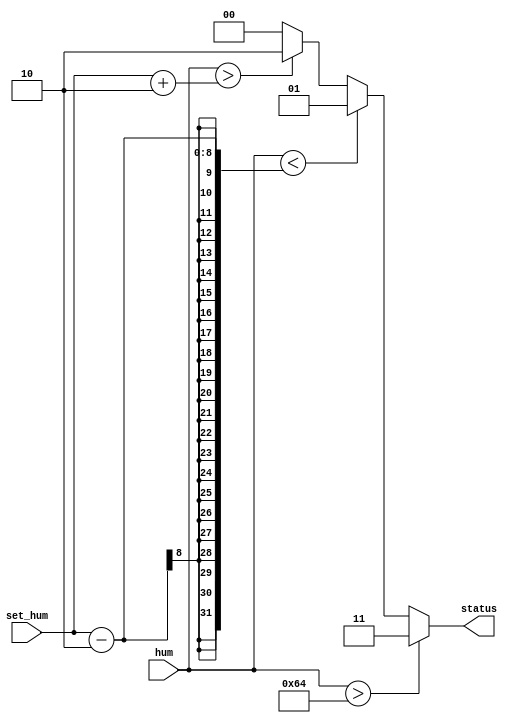
module hum_control(
    input [7:0] hum,
    input [7:0] set_hum,
    output reg [1:0] status
);

    //status:
    //0 = idle
    //1 = humidifier
    //2 = dehumidifier
    //3 = error

    parameter tolerance = 2;
    parameter max_sensor_reading = 100;
    parameter min_sensor_reading = 0;

    always @(*)
        if (hum > max_sensor_reading)   // If read humidity is > max_sensor_reading then error
            status = 2'd3;
        else if (hum < set_hum - tolerance)
            status = 2'd1;
        else if (hum > set_hum + tolerance)
            status = 2'd2;
        else
            status = 2'd0;
            
endmodule